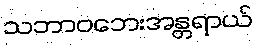
သဘာဝဘေးအန္တရာယ်